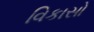
વિકાસો